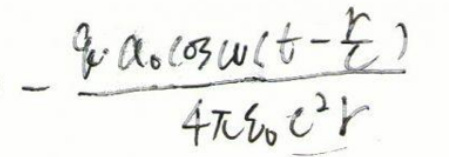
\[
- \frac{q \cdot a_0 \cos \omega (t - \frac{r}{c})}{4 \pi \epsilon_0 c^2 r}
\]